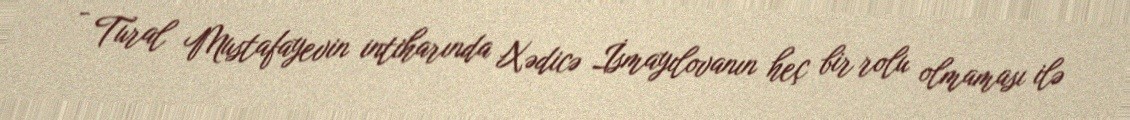
- Tural Mustafayevin intiharında Xədicə İsmayılovanın heç bir rolu olmaması ilə